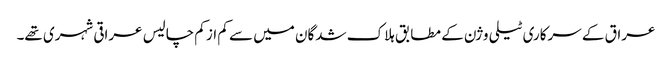
عراق کے سرکاری ٹیلی وژن کے مطابق ہلاک شدگان میں سے کم از کم چالیس عراقی شہری تھے۔